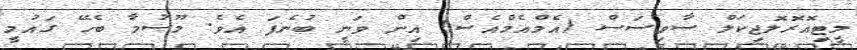
މީޓިއޮރޮލޮޖިކަލް ސާވިސަސް (އެމްއެމްއެސް) އިން ވަނީ ބުނެފަ އެވެ. މޫސުމާ ބެހޭ ގައުމީ